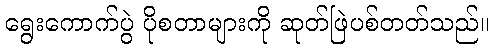
ရွေးကောက်ပွဲ ပိုစတာများကို ဆုတ်ဖြဲပစ်တတ်သည်။